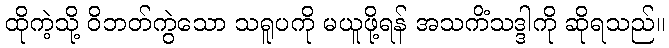
ထိုကဲ့သို့ ဝိဘတ်ကွဲသော သရူပကို မယူဖို့ရန် အသကိံသဒ္ဒါကို ဆိုရသည်။